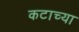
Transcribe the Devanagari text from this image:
कटाच्या